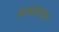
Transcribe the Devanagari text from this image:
सत्याग्राच्या